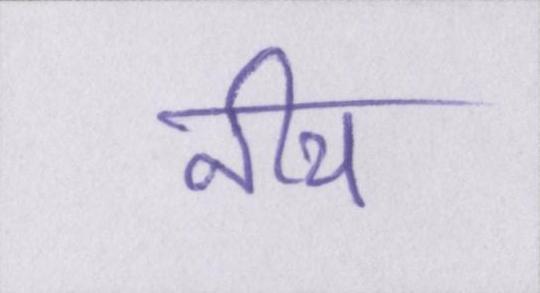
नीच